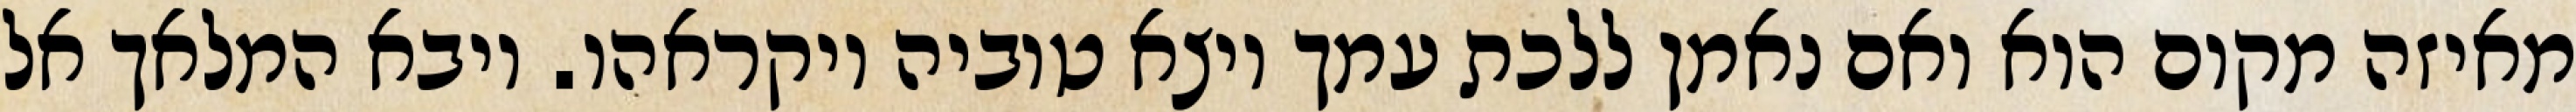
מאיזה מקום הוא ואם נאמן ללכת עמך ויצא טוביה ויקראהו. ויבא המלאך אל